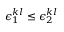
\epsilon _ { 1 } ^ { k l } \le \epsilon _ { 2 } ^ { k l }